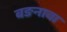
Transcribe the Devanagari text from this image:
बङनावा